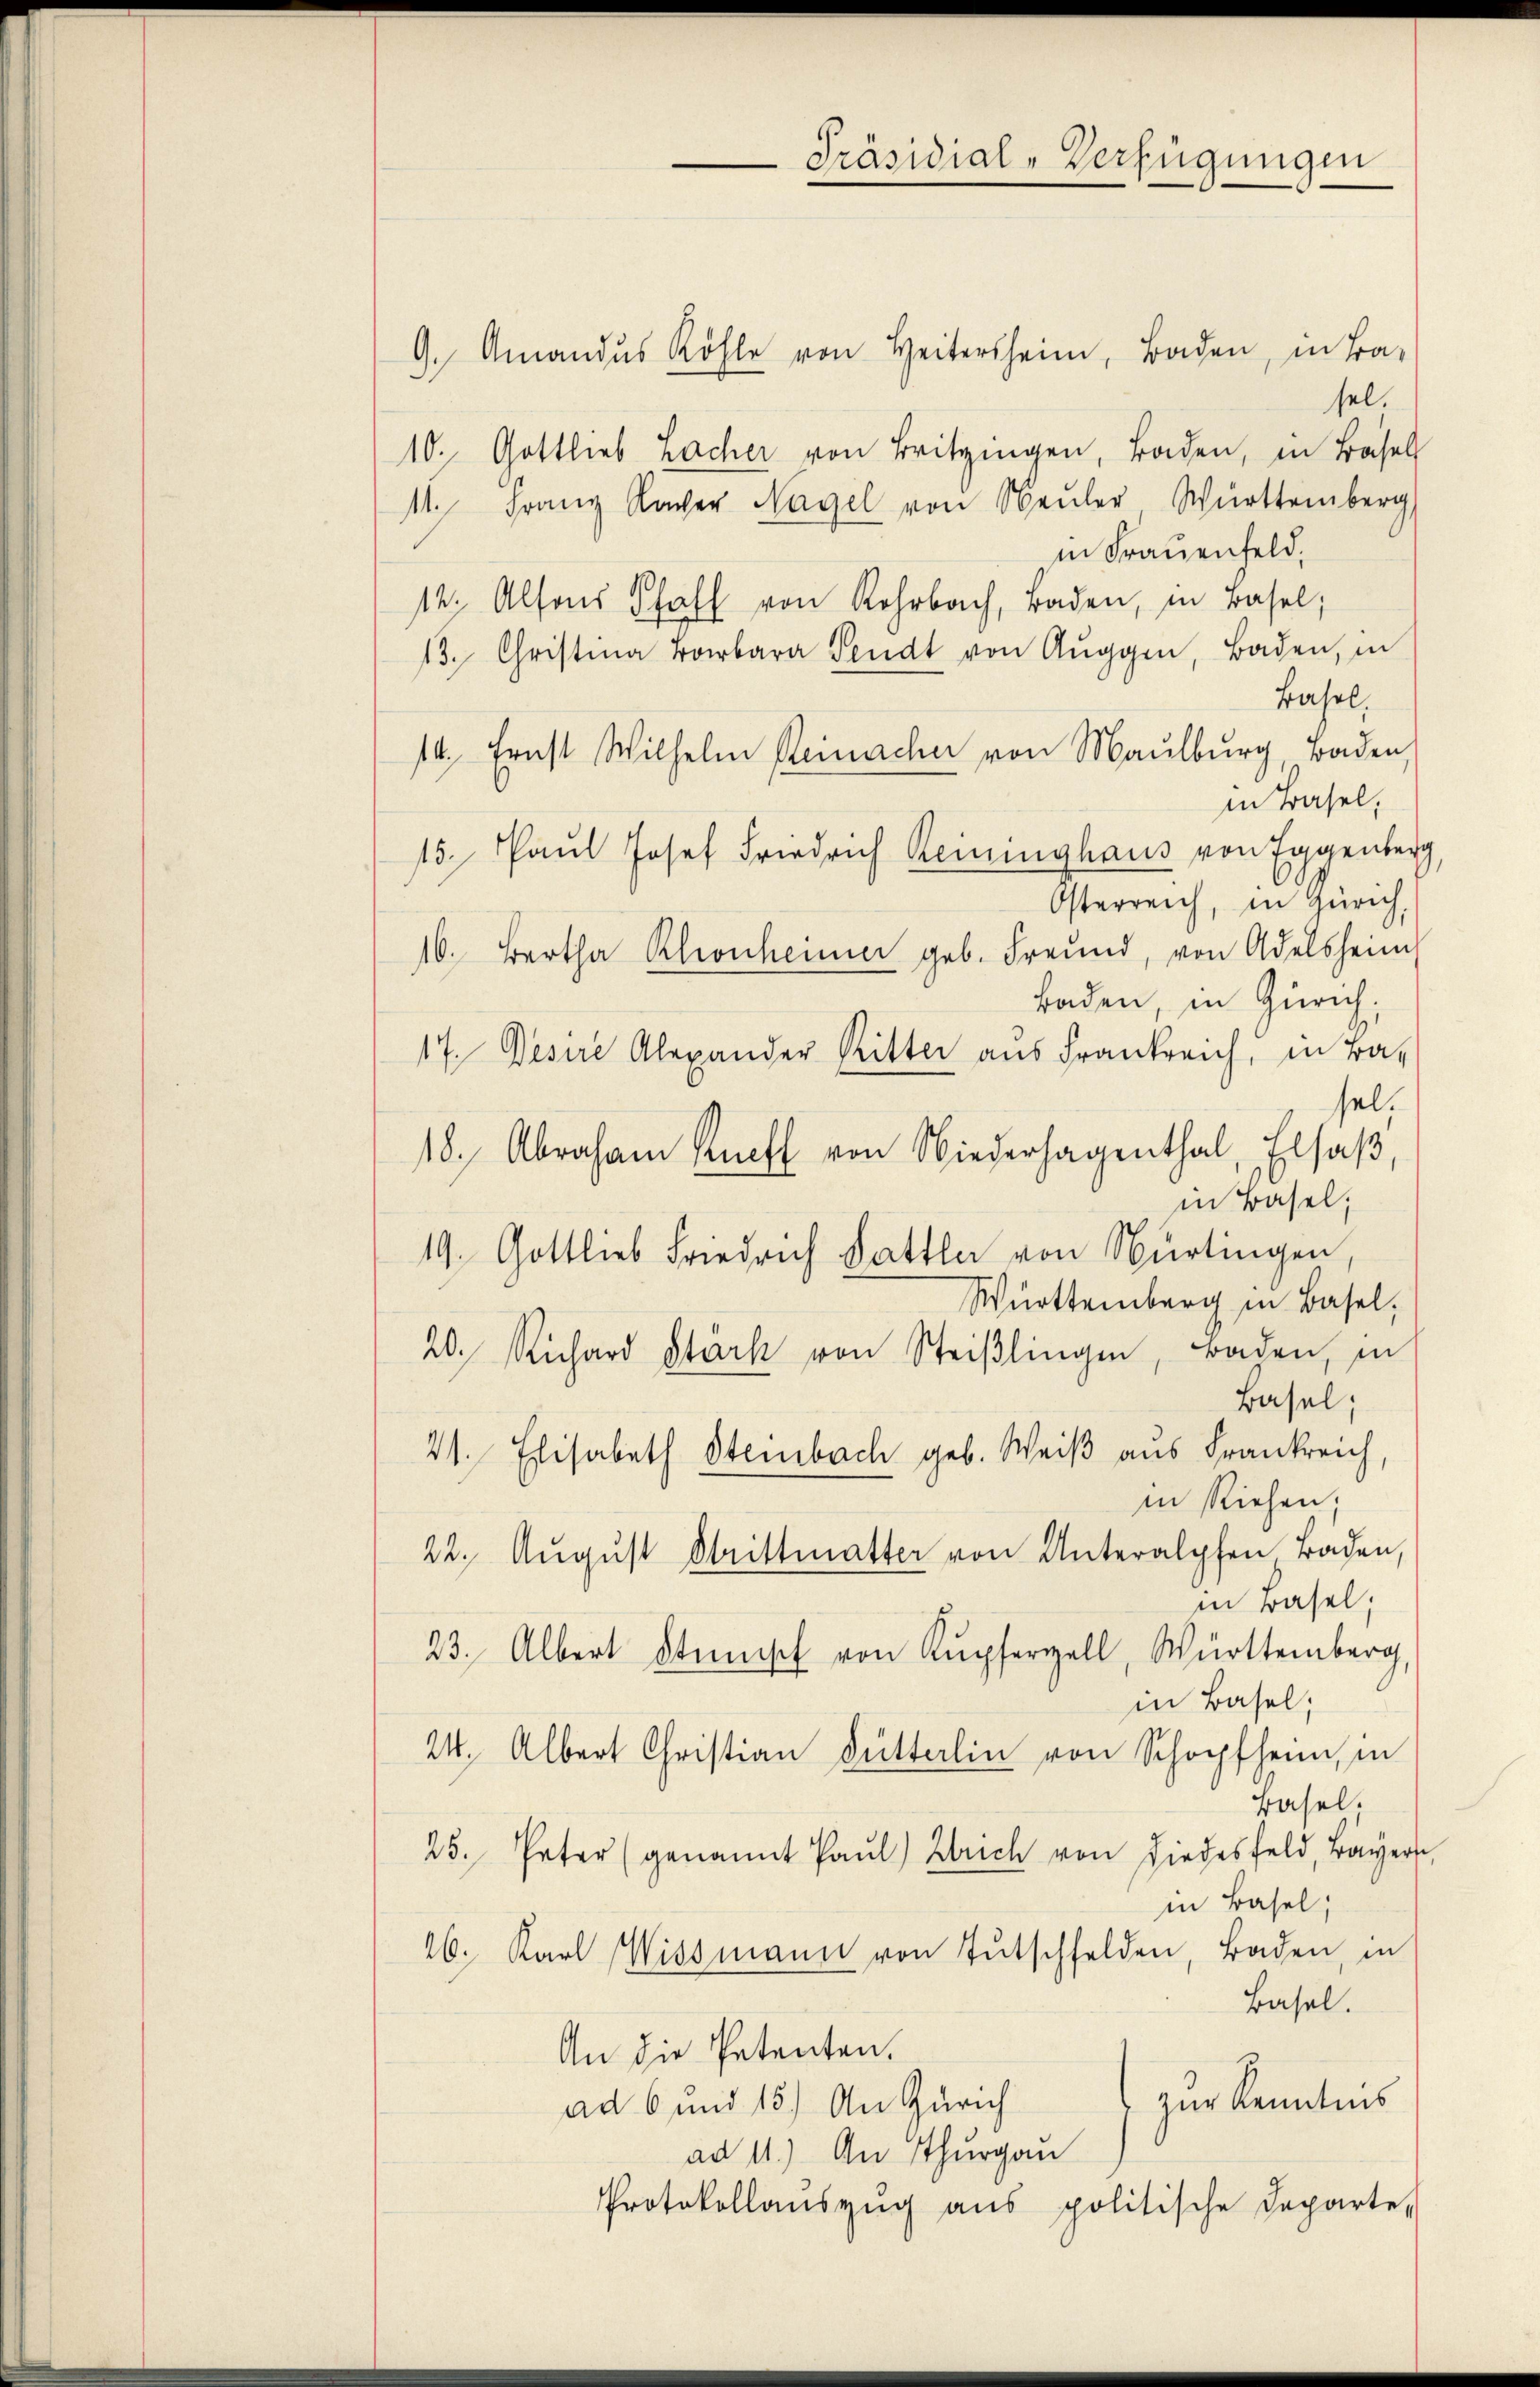
9. Amandŭs Köhle von Heitersheim, Baden, in Ba-
sel.
10. Gottlieb Lacher von Britzingen, Baden, in Basel
11. Franz Raver Nagel von Neŭler Württemberg,
in Frauenfeld,
14. Alsons Schaft von Rohrbach, Baden, in Basel;
13. Christia Barbara Sendt von Auggen, Baden, in
Bahel,
14. Ernst Wilhelm Reinacher von Maulburg, Baden,
in Basel,
15. Paŭl Josef Friedrich Reininghaus von Eggenberg
Osterreich, in Zürich,
16. Bertha Rhonheimer geb. Freund, von Adelsheim
Baden, in Zürich,
17. Desere Alexander Ritter aus Frankreich, in Ba-
sel,
18. Abraham Ruff von Niederhagenthal, Elsaß,
in Basel;
19. Gottlieb Friedrich Sattler von Nürtingen,
Württemberg in Basel,
20. Richard Stark von Steißlingen, Baden, in
Basel;
21. Elisabeth Steinbach geb. Weiß aus Frankreich,
in Riehen,
22. August Strittmatter von Unteralphen Baden,
in Basel;
23. Albert Stumpf von Kupfergell, Württemberg,
in Basel;
24. Albert Christian Butterlin von Schopfheim, in
Basel.
25. Peter (genannt Paŭl) Zürich von Liedesfeld, Bayers,
in Basel,
26. Karl Wissmann von Tutschfelden, Baden, in
Basel.
An die Petenten.
zur Kenntnis
ad 6 und 15) An Zürich
ad 11.) An Thurgau
Protokollaŭszŭg aŭs politische Departe

Präsidial-Verfügungen